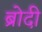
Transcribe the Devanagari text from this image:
ब्रोदी